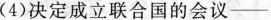
(4)决定成立联合国的会议-